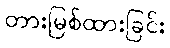
တားမြစ်ထားခြင်း